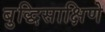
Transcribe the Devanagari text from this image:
बुद्धिसाक्षिणे